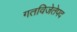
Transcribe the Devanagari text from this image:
गतविजेतेपद